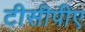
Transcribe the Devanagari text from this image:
टीसीपीए